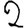
Digit: 2